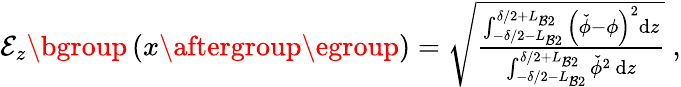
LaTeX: \begin{array}{r}{\mathcal{E}_{z}\mathopen{}\mathclose\bgroup\left(x\aftergroup\egroup\right)=\sqrt{\frac{\int_{-\delta/2-L_{\mathcal{B}2}}^{\delta/2+L_{\mathcal{B}2}}\left(\check{\phi}-\phi\right)^{2}\mathrm{d}z}{\int_{-\delta/2-L_{\mathcal{B}2}}^{\delta/2+L_{\mathcal{B}2}}\check{\phi}^{2}\, \mathrm{d}z}}~,}\end{array}